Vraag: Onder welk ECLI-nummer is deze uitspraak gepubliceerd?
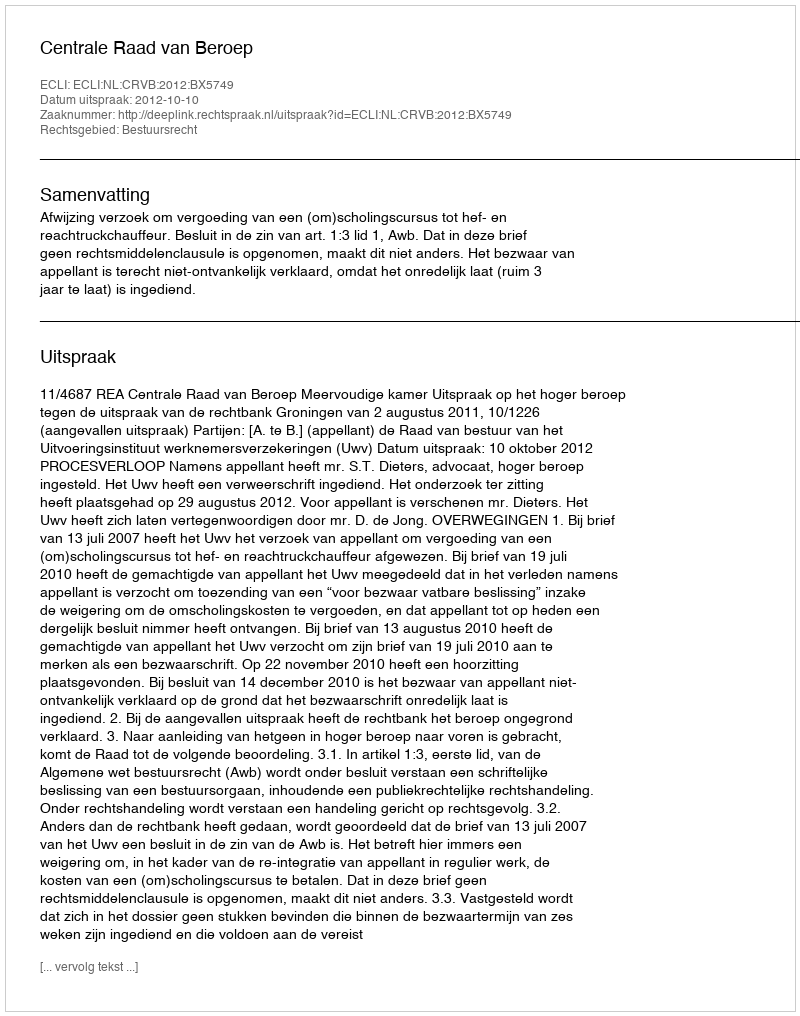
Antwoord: ECLI:NL:CRVB:2012:BX5749